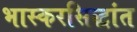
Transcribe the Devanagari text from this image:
भास्करसिद्धांत